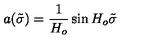
a ( \tilde { \sigma } ) = \frac { 1 } { H _ { o } } \sin H _ { o } \tilde { \sigma }